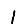
Digit: 1